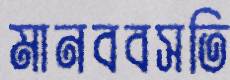
মানববসতি